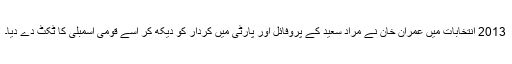
2013 انتخابات میں عمران خان نے مراد سعید کے پروفائل اور پارٹی میں کردار کو دیکھ کر اسے قومی اسمبلی کا ٹکٹ دے دیا۔